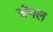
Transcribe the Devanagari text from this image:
जॅगल